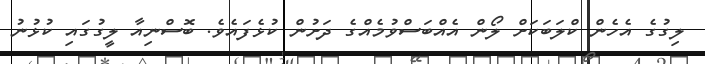
ލިގުގެ އެހެން ކްލަބަކަށް ލޯން އެއްބަސްވުމެއްގެ ދަށުން ކުޅެފައެވެ. ބޮސްނިއާ ލީގުގައި ކުޅުނު